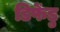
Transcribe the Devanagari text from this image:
डिफेंडु